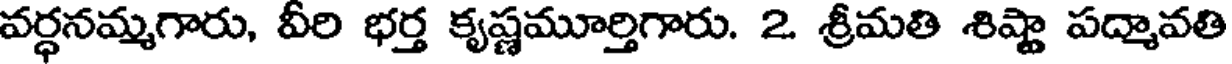
వర్ధనమ్మగారు, వీరి భర్త కృష్ణమూర్తిగారు. 2 శ్రీమతి శిష్టా పద్మావతి